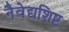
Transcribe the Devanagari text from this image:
नैवेद्यशिष्ट